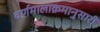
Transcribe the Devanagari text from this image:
वर्णमालाक्रमानुसारी